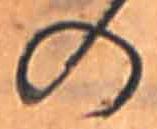
の